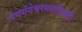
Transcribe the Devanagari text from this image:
पंचगंगेश्वरमठाधिपती